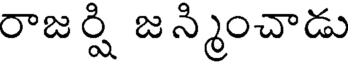
రాజర్షి జన్మించాడు